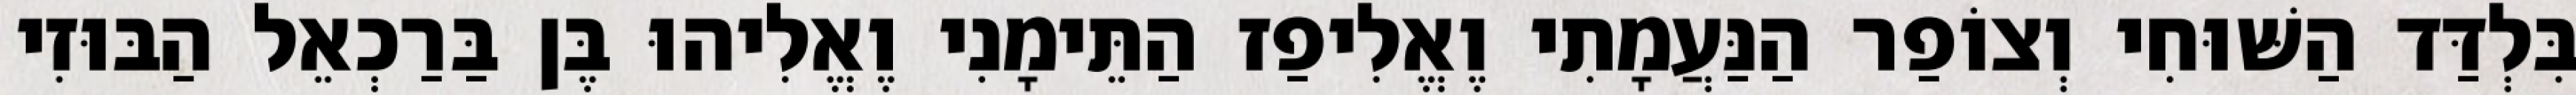
בִּלְדַּד הַשּׁוּחִי וְצוֹפַר הַנַּעֲמָתִי וֶאֱלִיפַז הַתֵּימָנִי וֶאֱלִיהוּ בֶּן בַּרַכְאֵל הַבּוּזִי